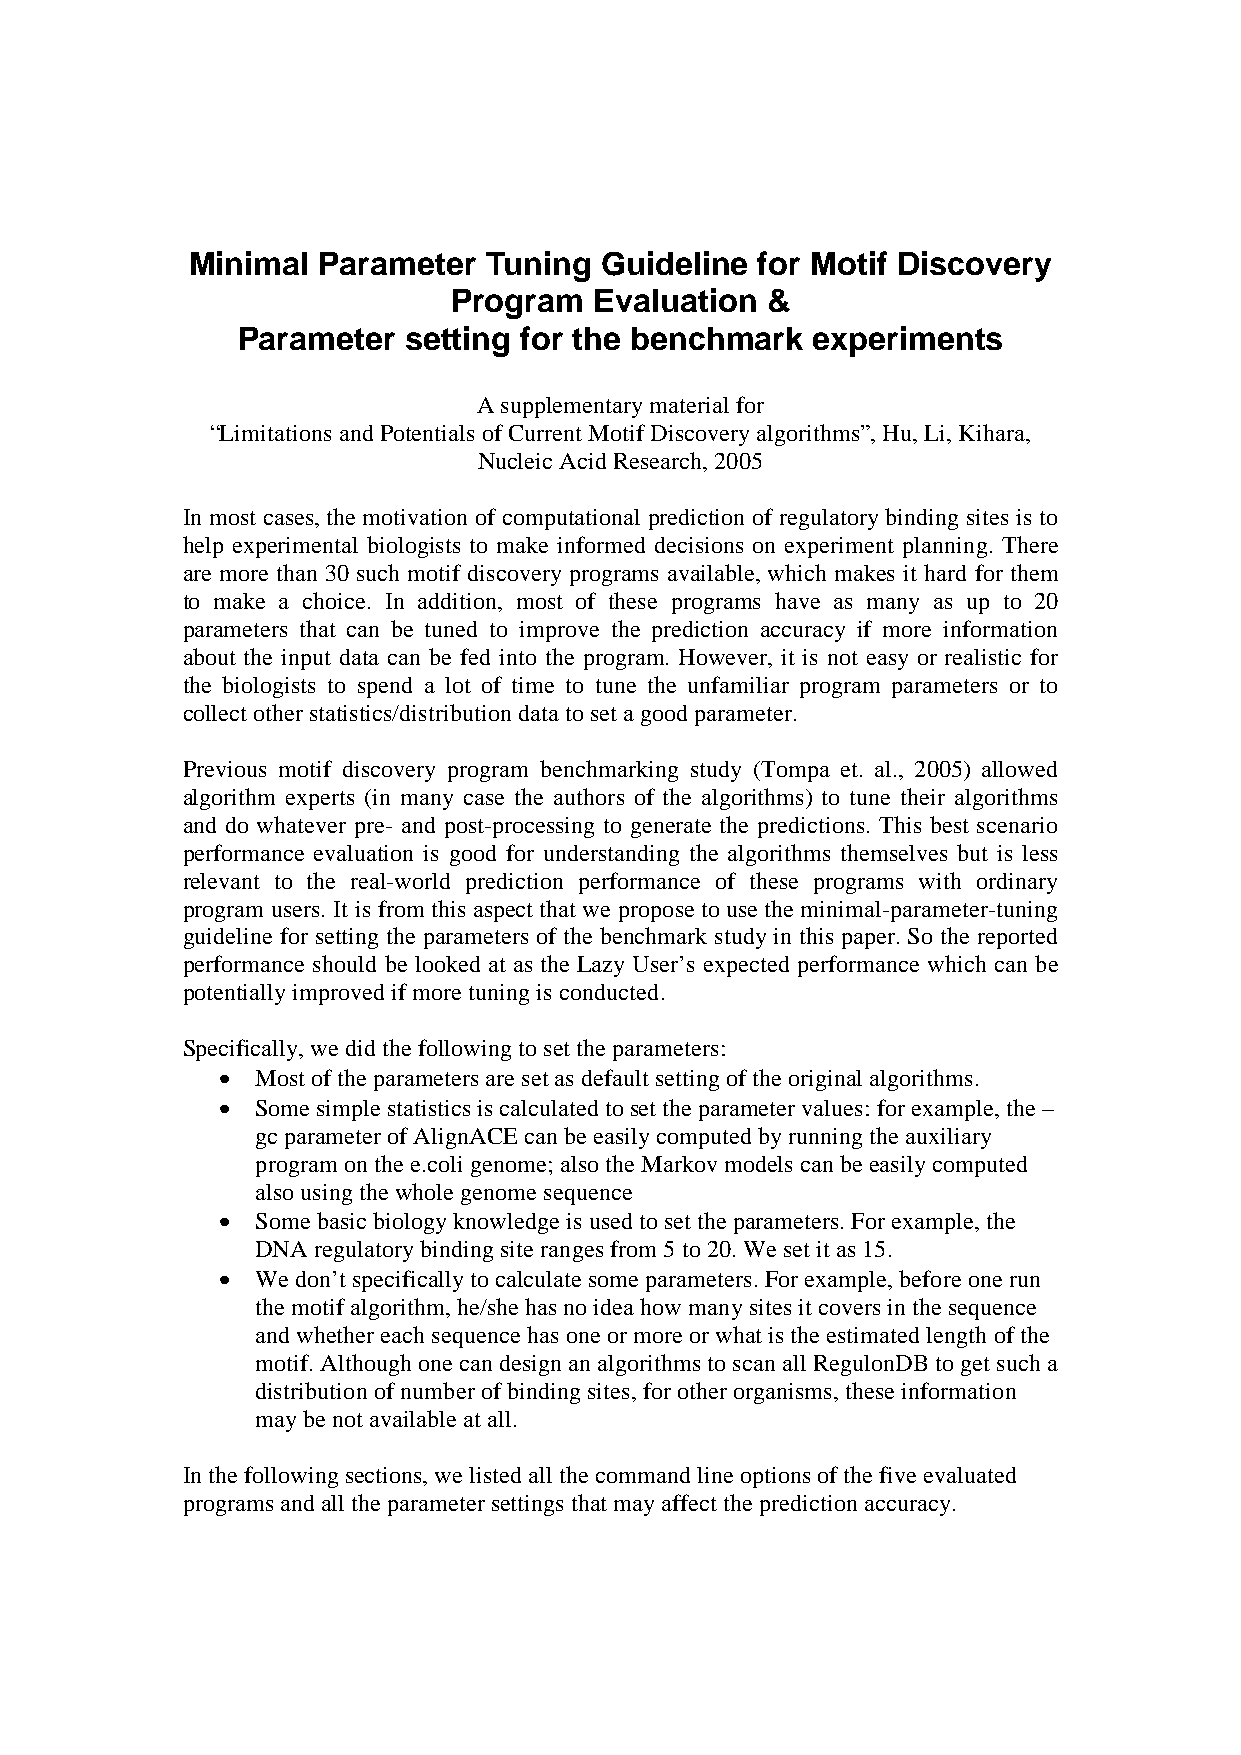
Minimal  Parameter  Tuning  Guideline for Motif Discovery
 Program  Evaluation  &
 Parameter  setting for the benchmark  experiments
 A supplementary material for
 “Limitations and Potentials of Current Motif Discovery algorithms”, Hu, Li, Kihara,
 Nucleic Acid Research, 2005
 In most cases, the motivation of computational prediction of regulatory binding sites is to
 help experimental biologists to make informed decisions on experiment planning. There
 are more than 30 such motif discovery programs available, which makes it hard for them
 to make a choice. In addition, most of these programs have as many as up to 20
 parameters that can be tuned to improve the prediction accuracy if more information
 about the input data can be fed into the program. However, it is not easy or realistic for
 the biologists to spend a lot of time to tune the unfamiliar program parameters or to
 collect other statistics/distribution data to set a good parameter.
 Previous motif discovery program benchmarking study (Tompa et. al., 2005) allowed
 algorithm experts (in many case the authors of the algorithms) to tune their algorithms
 and do whatever pre- and post-processing to generate the predictions. This best scenario
 performance evaluation is good for understanding the algorithms themselves but is less
 relevant to the real-world prediction performance of these programs with ordinary
 program users. It is from this aspect that we propose to use the minimal-parameter-tuning
 guideline for setting the parameters of the benchmark study in this paper. So the reported
 performance should be looked at as the Lazy User’s expected performance which can be
 potentially improved if more tuning is conducted.
 Specifically, we did the following to set the parameters:
 •  Most of the parameters are set as default setting of the original algorithms.
 •  Some simple statistics is calculated to set the parameter values: for example, the –
 gc parameter of AlignACE can be easily computed by running the auxiliary
 program on the e.coli genome; also the Markov models can be easily computed
 also using the whole genome sequence
 •  Some basic biology knowledge is used to set the parameters. For example, the
 DNA regulatory binding site ranges from 5 to 20. We set it as 15.
 •  We don’t specifically to calculate some parameters. For example, before one run
 the motif algorithm, he/she has no idea how many sites it covers in the sequence
 and whether each sequence has one or more or what is the estimated length of the
 motif. Although one can design an algorithms to scan all RegulonDB to get such a
 distribution of number of binding sites, for other organisms, these information
 may be not available at all.
 In the following sections, we listed all the command line options of the five evaluated
 programs and all the parameter settings that may affect the prediction accuracy.